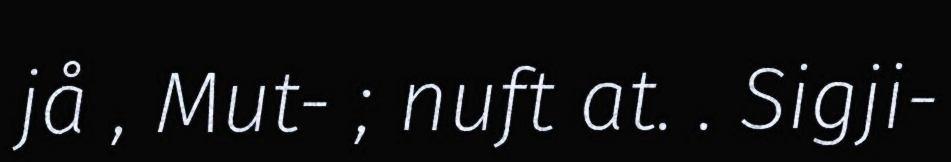
jå , Mut- ; nuft at. . Sigji-